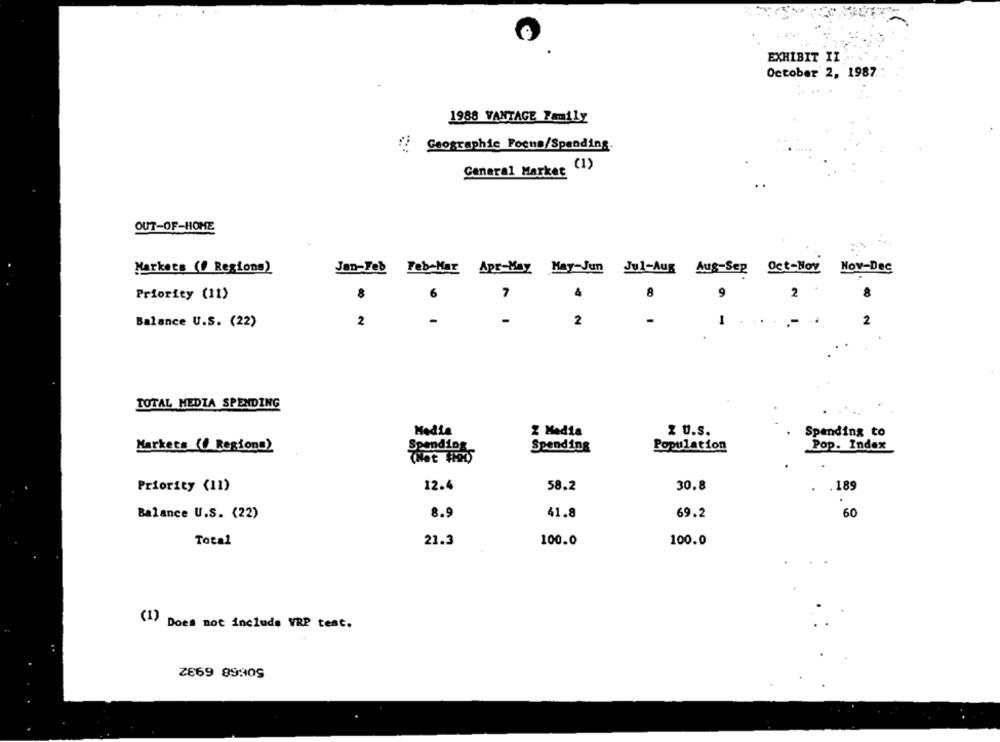
EXHIBIT IL
October 2, 1987.
1988 VANTAGE Family
Geographic Focus/Spending.
General Market (1)
OUT-OF-HOME
Markets (f Regions)
Jan-Feb Feb Mar Apr-May May-Jun Jul-Aug Aus-Sep Oct-Nov Nov-Dec
Priority (11)
0
7
8
9
2
-
1
Balance U.S. (22)
2
2
TOTAL MEDIA SPENDING
Hadia
z U.s.
Z Media
Spending to
Pop. Index
Markets (O Regional
Spending
Spending
Population
Priority (11)
12.4
58.2
30.8
189
41.8
60
Balance U.S. (22)
8.9
69.2
Total
21.3
100.0
100.0
(1) Does not include VRP test.
ZE69 8930S